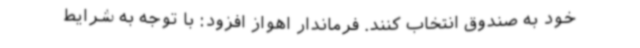
خود به صندوق انتخاب کنند. فرماندار اهواز افزود: با توجه به شرایط